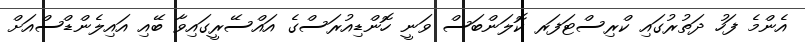
އެންމެ ފަހު ދަތުރުގައި ކްރިސްޓަފަރ ކޮލަންބަސް ވަނީ ހޮންޑިއުރަސްގެ އައްސޭރީގައިވާ ބޭއި އައިލެންޑްސްއަށް